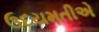
ઉદયમતીએ